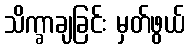
သိက္ခာချခြင်း မှတ်ဖွယ်